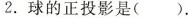
2.球的正投影是( ) .